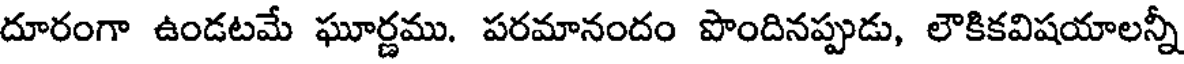
దూరంగా ఉండటమే ఘూర్ణము. పరమానందం పొందినప్పుడు, లౌకికవిషయాలన్నీ